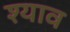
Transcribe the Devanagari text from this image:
श्याव